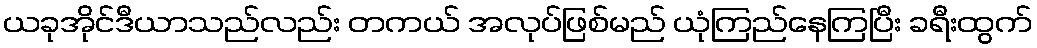
ယခုအိုင်ဒီယာသည်လည်း တကယ် အလုပ်ဖြစ်မည် ယုံကြည်နေကြပြီး ခရီးထွက်